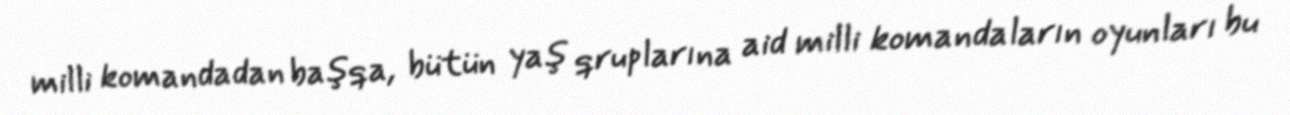
milli komandadan başqa, bütün yaş qruplarına aid milli komandaların oyunları bu